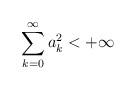
LaTeX: \begin{align*}\sum_{k=0}^{\infty}a_{k}^{2}<+\infty\end{align*}